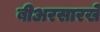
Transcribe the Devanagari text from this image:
बीअरसारखे